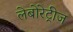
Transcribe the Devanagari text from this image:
लेबोरेट्रीज